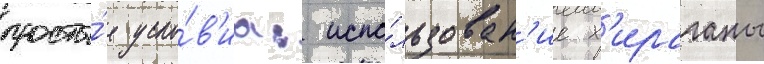
просты́е усло́в'иа: испо́льзован'ие х'ираганы